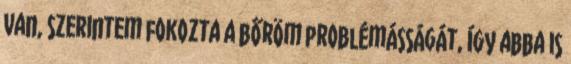
van, szerintem fokozta a bőröm problémásságát, így abba is